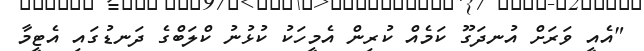
"އެއީ ވަރަށް އުނދަގޫ ކަމެއް ކުރިން އެމީހަކު ކުޅުނު ކްލަބްގެ ދަނޑުގައި އެޓީމާ